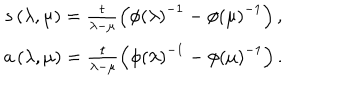
LaTeX: \begin{array} { c } { { s \left( \lambda , \mu \right) = \frac t { \lambda - \mu } \left( \phi \left( \lambda \right) ^ { - 1 } - \phi \left( \mu \right) ^ { - 1 } \right) , } } \\ { { a \left( \lambda , \mu \right) = \frac t { \lambda - \mu } \left( \phi \left( \lambda \right) ^ { - 1 } - \phi \left( \mu \right) ^ { - 1 } \right) . } } \\ \end{array}